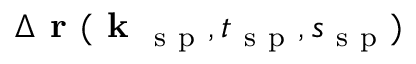
\Delta \textbf { r } ( \textbf { k } _ { \mathrm { ~ s ~ p ~ } } , t _ { \mathrm { ~ s ~ p ~ } } , s _ { \mathrm { ~ s ~ p ~ } } )